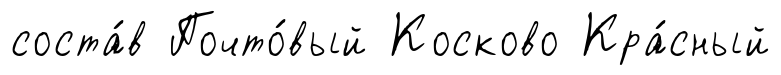
соста́в Почто́вый Косково Кра́сный